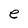
Character: e